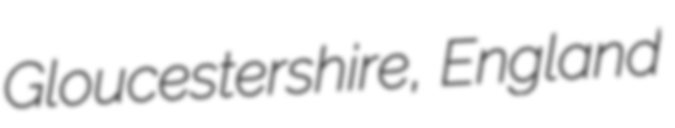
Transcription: Gloucestershire, England